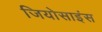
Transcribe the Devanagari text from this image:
जियोसाइंस